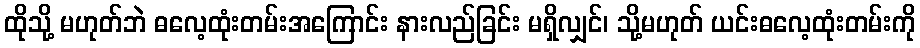
ထိုသို့ မဟုတ်ဘဲ ဓလေ့ထုံးတမ်းအကြောင်း နားလည်ခြင်း မရှိလျှင်၊ သို့မဟုတ် ယင်းဓလေ့ထုံးတမ်းကို